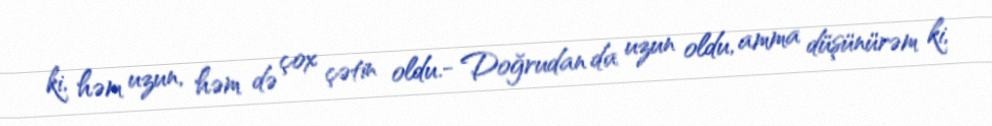
ki, həm uzun, həm də çox çətin oldu.- Doğrudan da uzun oldu, amma düşünürəm ki,